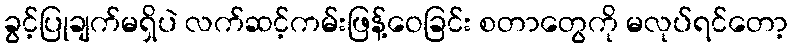
ခွင့်ပြုချက်မရှိပဲ လက်ဆင့်ကမ်းဖြန့်ဝေခြင်း စတာတွေကို မလုပ်ရင်တော့